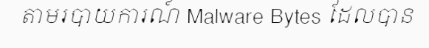
តាមរបាយការណ៍ Malware Bytes ដែលបាន